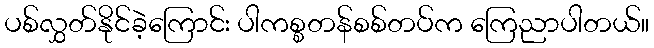
ပစ်လွှတ်နိုင်ခဲ့ကြောင်း ပါကစ္စတန်စစ်တပ်က ကြေညာပါတယ်။